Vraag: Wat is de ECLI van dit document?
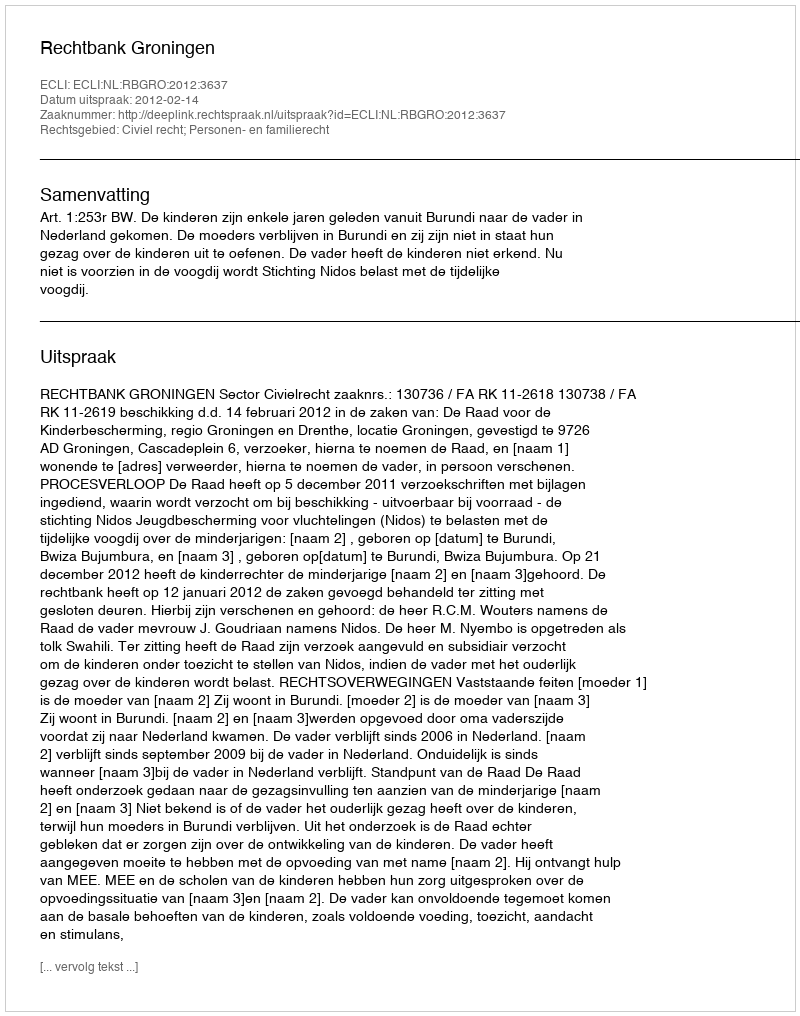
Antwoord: ECLI:NL:RBGRO:2012:3637